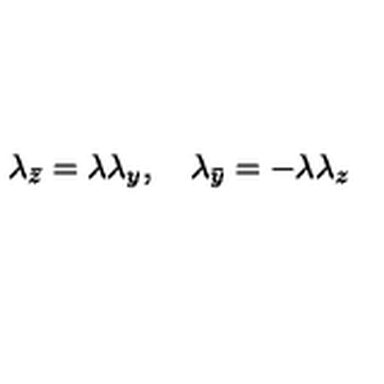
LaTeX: \lambda _ { \bar { z } } = \lambda \lambda _ { y } , \quad \lambda _ { \bar { y } } = - \lambda \lambda _ { z }